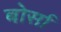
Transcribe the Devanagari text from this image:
बोर्सा